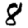
Digit: 8